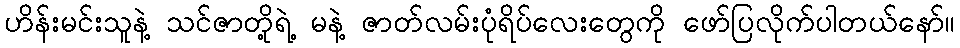
ဟိန်းမင်းသူနဲ့ သင်ဇာတို့ရဲ့ မနဲ့ ဇာတ်လမ်းပုံရိပ်လေးတွေကို ဖော်ပြလိုက်ပါတယ်နော်။